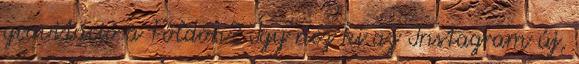
gravitáció a Földön? Így néz ki az Instagram új,